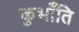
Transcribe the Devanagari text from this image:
कुभाँति